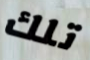
تلك